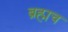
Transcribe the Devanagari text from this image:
ब्रह्मच